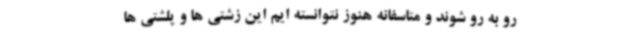
رو به رو شوند و متاسفانه هنوز نتوانسته ایم این زشتی ها و پلشتی ها